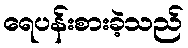
ရေပန်းစားခဲ့သည်